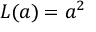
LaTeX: L ( a ) = a ^ { 2 }